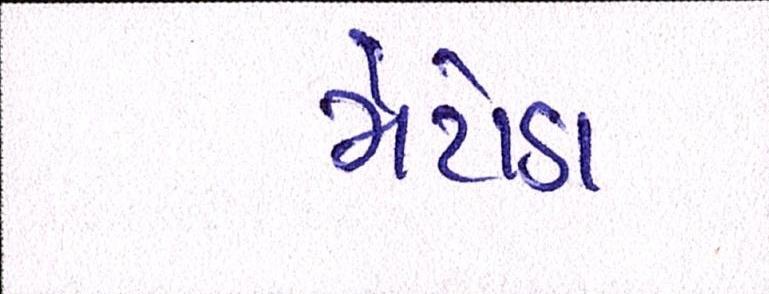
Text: મેટોડા